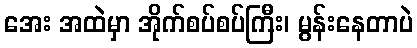
အေး အထဲမှာ အိုက်စပ်စပ်ကြီး၊ မွန်းနေတာပဲ